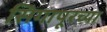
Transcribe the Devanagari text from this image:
सिगापूरच्या